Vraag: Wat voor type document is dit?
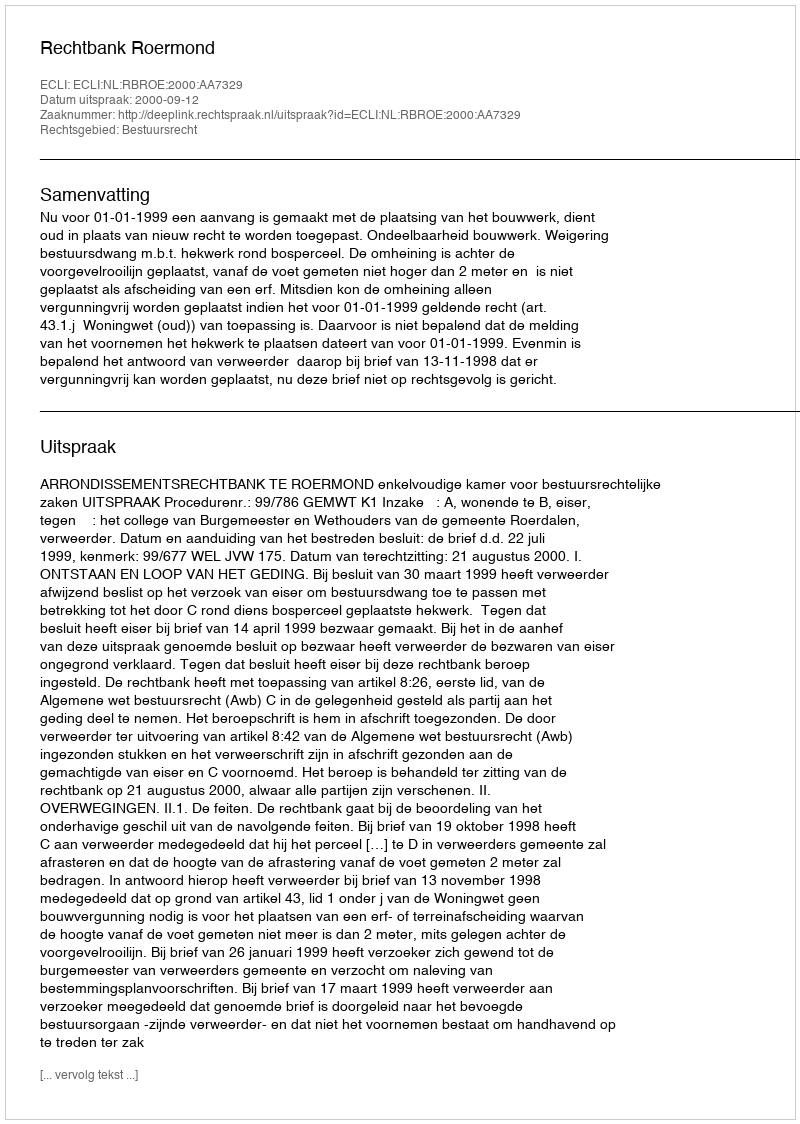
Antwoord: Uitspraak